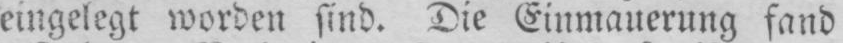
eingelegt worden sind. Die Einmauerung fand